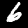
Digit: 6